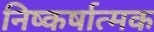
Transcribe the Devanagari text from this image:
निष्कर्षात्मक